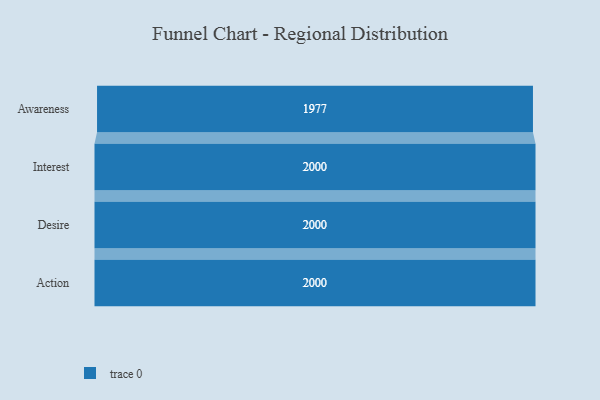
{"axis": {"x": "Stage", "y": "Value"}, "legend": [""], "data": [{"x": "Awareness", "y": 1977.0, "type": ""}, {"x": "Interest", "y": 2000, "type": ""}, {"x": "Desire", "y": 2000, "type": ""}, {"x": "Action", "y": 2000, "type": ""}]}